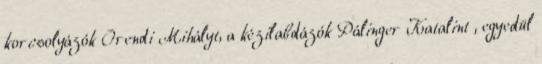
korcsolyázók Orendi Mihályt, a kézilabdázók Pálinger Katalint , egyedül